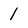
Character: 1